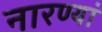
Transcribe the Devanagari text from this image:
नारण्यां